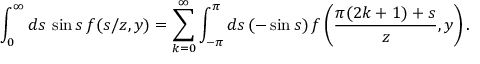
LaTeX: \int _ { 0 } ^ { \infty } d s \, \sin s \, f ( s / z , y ) = \sum _ { k = 0 } ^ { \infty } \int _ { - \pi } ^ { \pi } d s \, ( - \sin s ) \, f \left( \frac { \pi ( 2 k + 1 ) + s } z , y \right) .